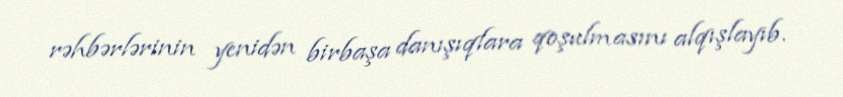
rəhbərlərinin yenidən birbaşa danışıqlara qoşulmasını alqışlayıb.